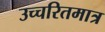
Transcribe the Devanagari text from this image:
उच्चरितमात्र